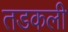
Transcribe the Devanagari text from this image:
तडकली